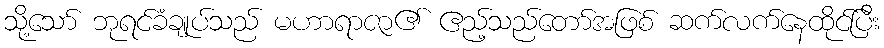
သို့သော် ဘုရင်ခံချုပ်သည် မဟာရာဇာ၏ ဧည့်သည်တော်အဖြစ် ဆက်လက်နေထိုင်ပြီး